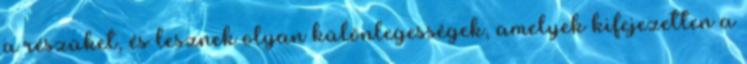
a részüket, és lesznek olyan különlegességek, amelyek kifejezetten a